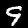
Digit: 9